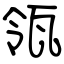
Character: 瓴